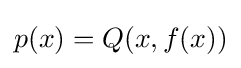
p(x)=Q(x,f(x))